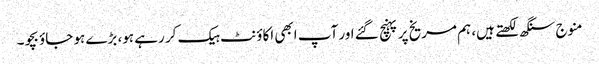
منوج سنگھ لکھتے ہیں، ہم مریخ پر پہنچ گئے اور آپ ابھی اکاؤنٹ ہیک کر رہے ہو، بڑے ہو جاؤ بچو۔